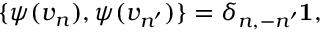
\{ \psi ( v _ { n } ) , \psi ( v _ { n ^ { \prime } } ) \} = \delta _ { n , - n ^ { \prime } } { \bf 1 } ,